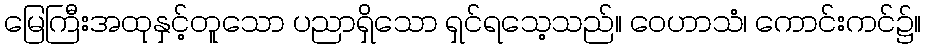
မြေကြီးအထုနှင့်တူသော ပညာရှိသော ရှင်ရသေ့သည်။ ဝေဟာသံ၊ ကောင်းကင်၌။